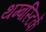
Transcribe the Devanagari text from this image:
थम्बस्टिकें